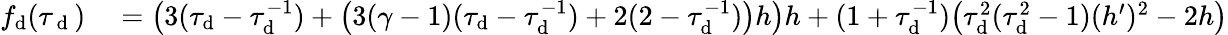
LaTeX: \begin{array}{rl}{f_{\mathrm{d}}(\tau_{\mathrm{~d~}})}&{{}=\big(3(\tau_{\mathrm{d}}-\tau_{\mathrm{d}}^{-1})+\big(3(\gamma-1)(\tau_{\mathrm{d}}-\tau_{\mathrm{d}}^{-1})+2(2-\tau_{\mathrm{d}}^{-1})\big)h\big)h+(1+\tau_{\mathrm{d}}^{-1})\big(\tau_{\mathrm{d}}^{2}(\tau_{\mathrm{d}}^{2}-1)(h^{\prime})^{2}-2h\big)}\end{array}